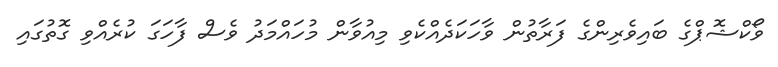
ވޯކްޝޮޕްގެ ބައިވެރިންގެ ފަރާތުން ވާހަކަދެއްކެވި މިއުވާން މުހައްމަދު ވެސް ފާހަގަ ކުރެއްވި ގޮތުގައި